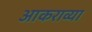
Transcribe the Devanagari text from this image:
आकराव्या